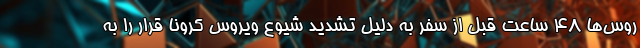
روس‌ها ۴۸ ساعت قبل از سفر به دلیل تشدید شیوع ویروس کرونا قرار را به